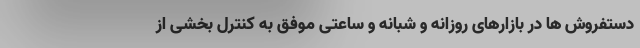
دستفروش ها در بازارهای روزانه و شبانه و ساعتی موفق به کنترل بخشی از